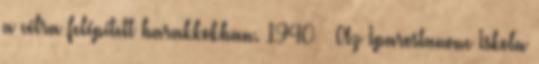
a célra felépített barakkokban. 1940 – Az Iparostanonc Iskola